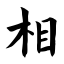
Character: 相